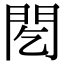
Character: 䦍